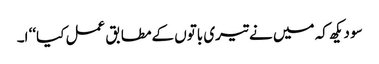
سو دیکھ کہ میں نے تیری باتوں کےمطابق عمل کیا‘‘ ا۔